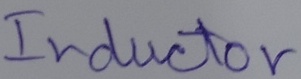
Text: Inductor